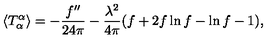
\langle T _ { \alpha } ^ { \alpha } \rangle = - { \frac { f ^ { \prime \prime } } { 2 4 \pi } } - { \frac { \lambda ^ { 2 } } { 4 \pi } } ( f + 2 f \ln f - \ln f - 1 ) ,